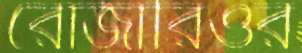
রোজারিওর